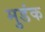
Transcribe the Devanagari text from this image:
मुडंक